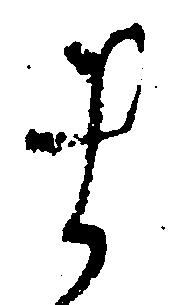
ま